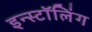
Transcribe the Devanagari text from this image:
इन्स्टॉलिंग